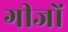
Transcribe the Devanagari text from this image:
गीजों